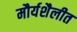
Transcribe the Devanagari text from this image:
मौर्यशैलीत